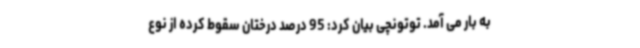
به بار می آمد. توتونچی بیان کرد: 95 درصد درختان سقوط کرده از نوع